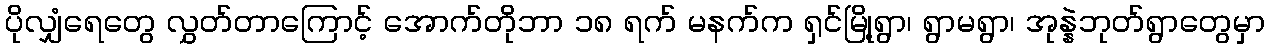
ပိုလျှံရေတွေ လွှတ်တာကြောင့် အောက်တိုဘာ ၁၈ ရက် မနက်က ရှင်မြို့ရွာ၊ ရွာမရွာ၊ အုန္နဲဘုတ်ရွာတွေမှာ